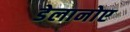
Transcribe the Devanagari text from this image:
डेलानोए